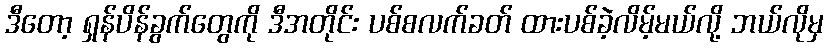
ဒီတော့ ရှန်ပိန်ခွက်တွေကို ဒီအတိုင်း ပစ်စလက်ခတ် ထားပစ်ခဲ့လိမ့်မယ်လို့ ဘယ်လိုမှ